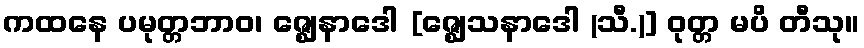
ကထနေ ပမုတ္တဘာဝ၊ ဇ္ဈေနာဒေါ [ဇ္ဈေသနာဒေါ (သီ.)] ဝုတ္တ မပိ တီသု။